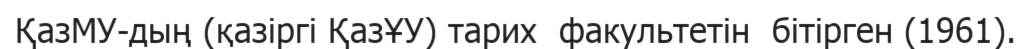
ҚазМУ-дың (қазіргі ҚазҰУ) тарих  факультетін  бітірген (1961).